Vaccination Hyderabad 1872-1889 - 1872-1889
Year: 1872
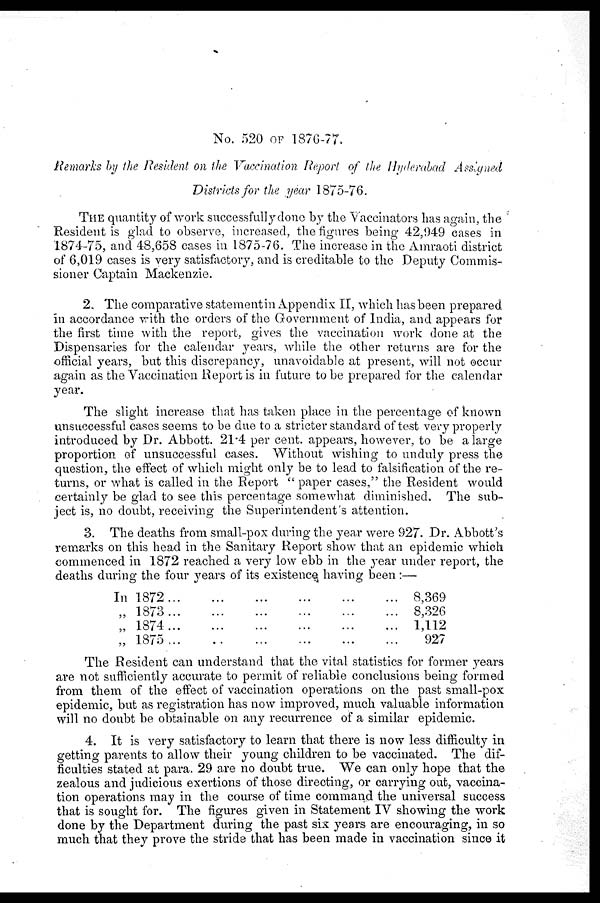
No. 520 OF 1876-77.
Remarks by the Resident on the Vaccination Report of the Hyderabad Assigned
Districts for the year 1875-76.
THE quantity of work successfully done by the Vaccinators has again, the
Resident is glad to observe, increased, the figures being 42,949 cases in
1874-75, and 48,658 cases in 1875-76. The increase in the Amraoti district
of 6,019 cases is very satisfactory, and is creditable to the Deputy Commis-
sioner Captain Mackenzie.
2. The comparative statementin Appendix II, which has been prepared
in accordance with the orders of the Government of India, and appears for
the first time with the report, gives the vaccination work done at the
Dispensaries for the calendar years, while the other returns are for the
official years, but this discrepancy, unavoidable at present, will not occur
again as the Vaccination Report is in future to be prepared for the calendar
year.
The slight increase that has taken place in the percentage of known
unsuccessful cases seems to be due to a stricter standard of test very properly
introduced by Dr. Abbott. 21.4 per cent. appears, however, to be a large
proportion of unsuccessful cases. Without wishing to unduly press the
question, the effect of which might only be to lead to falsification of the re-
turns, or what is called in the Report " paper cases," the Resident would
certainly be glad to see this percentage somewhat diminished. The sub-
ject is, no doubt, receiving the Superintendent's attention.
3. The deaths from small-pox during the year were 927. Dr. Abbott's
remarks on this head in the Sanitary Report show that an epidemic which
commenced in 1872 reached a very low ebb in the year under report, the
deaths during the four years of its existence having been :—
In 1872
...
...
...
...
...
...
„ 1873
...
...
...
...
...
...
„ 1874
...
...
...
...
...
...
„ 1875
...
...
...
...
...
...
8,369
8,326
1,112
927
The Resident can understand that the vital statistics for former years
are not sufficiently accurate to permit of reliable conclusions being formed
from them of the effect of vaccination operations on the past small-pox
epidemic, but as registration has now improved, much valuable information
will no doubt be obtainable on any recurrence of a similar epidemic.
4. It is very satisfactory to learn that there is now less difficulty in
getting parents to allow their young children to be vaccinated. The dif-
ficulties stated at para. 29 are no doubt true. We can only hope that the
zealous and judicious exertions of those directing, or carrying out, vaccina-
tion operations may in the course of time command the universal success
that is sought for. The figures given in Statement IV showing the work
done by the Department during the past six years are encouraging, in so
much that they prove the stride that has been made in vaccination since it